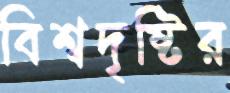
বিশ্বদৃষ্টির